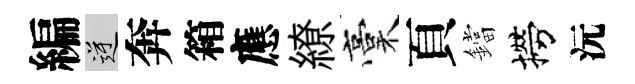
編逆奔箱應繚稾頁鐺撈沅